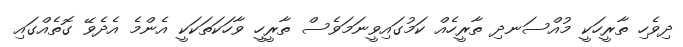
ދިވެހި ތާރީހަކީ މުއްސަނދި ތާރީހެއް ކަމުގައިވީނަމަވެސް ތާރީހީ ވާހަކަތަކަކީ އެންމެ އެދެވޭ ގޮތެއްގައި